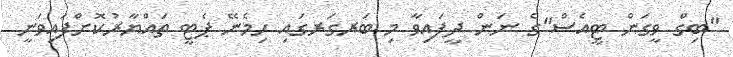
"ބިގް ވީގަން ޓީއެސް"ގެ ނަން ދީފައިވާ މި ބަރގަރގައި ހިމެނޭ ޕެޓީ ތައްޔާރުކޮށްފައިވަނީ